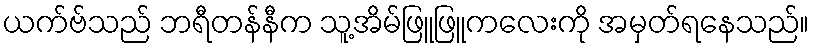
ယက်ဗ်သည် ဘရီတန်နီက သူ့အိမ်ဖြူဖြူကလေးကို အမှတ်ရနေသည်။